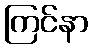
ကြင်နာ